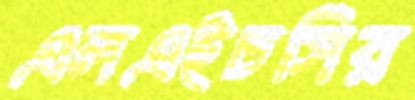
এলএইচসির